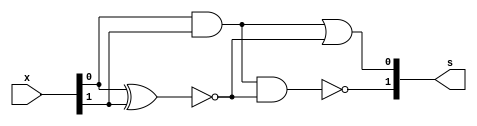
`timescale 1ns / 1ns
module source(s, x);

input wire [1:0] x;
output wire [1:0] s;

wire x1x2_and;
wire x1x2_xnor;

and(x1x2_and, x[0], x[1]); //and(x1, x2)
xnor(x1x2_xnor, x[0], x[1]); // xnor(x1, x2)

or(s[0], x1x2_and, x1x2_xnor); // or(and(x1, x2), xnor(x1, x2))
nand(s[1], x1x2_and, x1x2_xnor); // nand(and(x1, x2), xnor(x1, x2))
endmodule